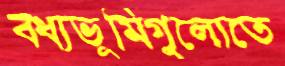
বধ্যভূমিগুলোতে